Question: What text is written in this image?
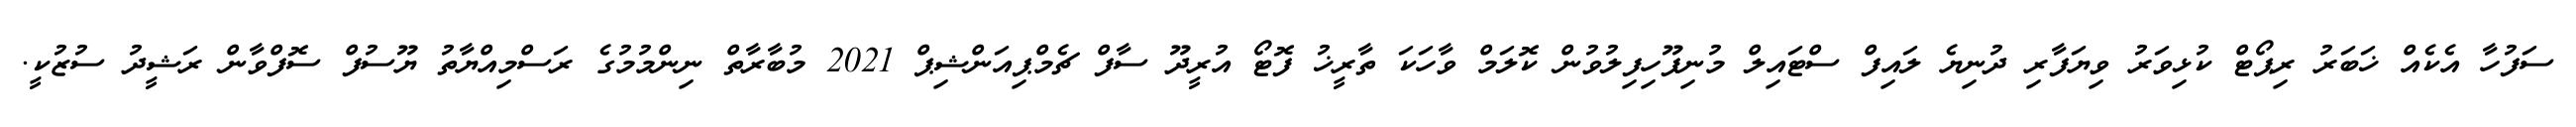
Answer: ސަފުހާ އެކެއް ޚަބަރު ރިޕޯޓް ކުޅިވަރު ވިޔަފާރި ދުނިޔެ ލައިފް ސްޓައިލް މުނިފޫހިފިލުވުން ކޮލަމް ވާހަކަ ތާރީޚު ފޮޓޯ އުރީދޫ ސާފް ޗެމްޕިއަންޝިޕް 2021 މުބާރާތް ނިންމުމުގެ ރަސްމިއްޔާތު ޔޫސުފް ސޮފްވާން ރަޝީދު ސުޒުކީ.